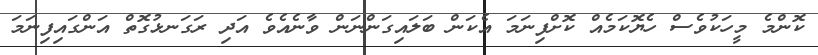
ކޮންމެ މީހަކުވެސް ހެޔޮކަމެއް ކޮށްފިނަމަ އެކަން ބަލައިގަންނަން ވާނެއެވެ އަދި ރަގަނޅުގޮތް އަންގައިފިނަމަ